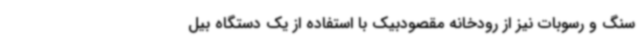
سنگ و رسوبات نیز از رودخانه مقصودبیک با استفاده از یک دستگاه بیل